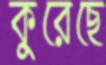
কুরেছে